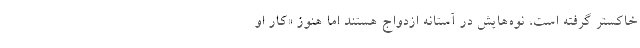
خاكستر گرفته است، نوه‌هايش در آستانه ازدواج هستند اما هنوز «كار او